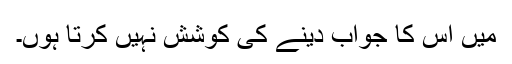
میں اس کا جواب دینے کی کوشش نہیں کرتا ہوں۔